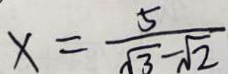
x = \frac { 5 } { \sqrt { 3 } - \sqrt { 2 } }